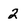
Character: 2